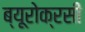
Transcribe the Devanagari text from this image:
ब्यूरोक्रसी